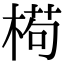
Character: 𣕉